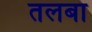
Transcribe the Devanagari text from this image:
तलबा